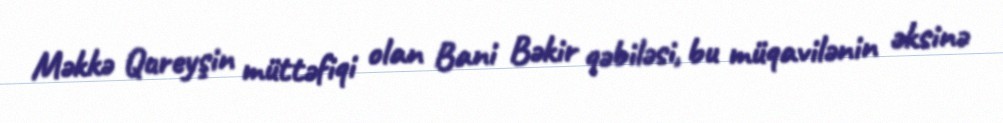
Məkkə Qureyşin müttəfiqi olan Bani Bəkir qəbiləsi, bu müqavilənin əksinə